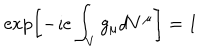
\exp \left[ - \imath e \int _ { V } g _ { \mu } d V ^ { \mu } \right] = 1